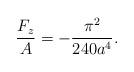
LaTeX: \begin{align*}\frac{F_{z}}{A}=-\frac{\pi ^{2}}{240a^{4}}.\end{align*}